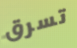
تسرق